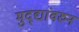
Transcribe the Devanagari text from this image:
मुद्द्यांवरुन